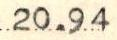
20.94